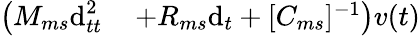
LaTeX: \begin{array}{rl}{\left(M_{ms}\textrm{d}_{tt}^{2}\right.}&{{}\left.+R_{ms}\textrm{d}_{t}+[C_{ms}]^{-1}\right)v(t)}\end{array}